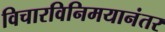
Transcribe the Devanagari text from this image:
विचारविनिमयानंतर